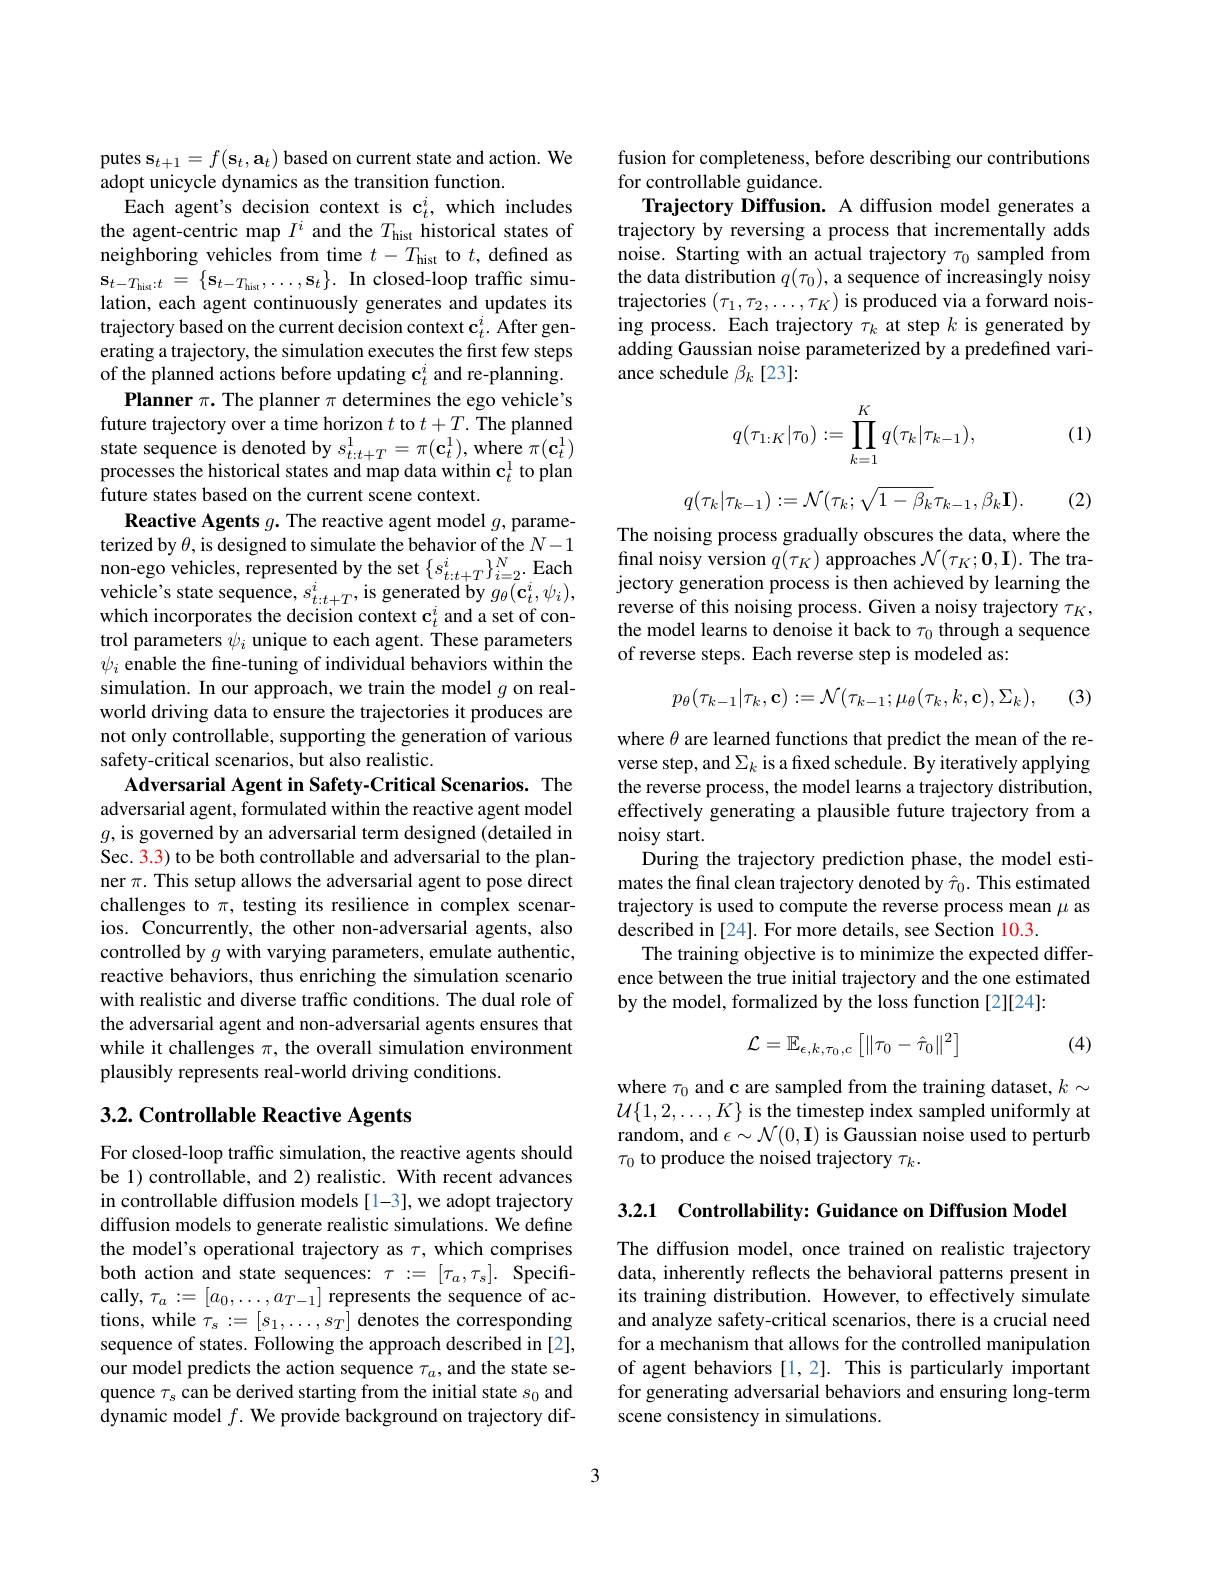
putes $\mathbf{s}_t+1=f(\mathbf{s}_t,\mathbf{a}_t)$ based on current state and action. We
adopt unicycle dynamics as the transition function.
Each agent's decision context is c$_t^i$, which includes the agent-centric map $I^i$ and the $T_\mathrm{hist}$ historical states of neighboring vehicles from time $t-T_\mathrm{hist}$ to $t$, defined as $\mathbf{s} _{t- T_{\mathrm{hist}}: t}$ = $\{ \mathbf{s} _{t- T_{\mathrm{hist}}}, \ldots , \mathbf{s} _{t}\} .$ In closed-loop traffic simulation, each agent continuously generates and updates its trajectory based on the current decision context $\mathbf{c}_t^i.$ After generating a trajectory, the simulation executes the first few steps of the planned actions before updating $\mathbf{c}_t^i$ and re-planning.
Planner $\pi.$ The planner $\pi$ determines the ego vehicle's future trajectory over a time horizon $t$ to $t+T.$ The planned state sequence is denoted by $s_t:t+T^1=\pi(\mathbf{c}_t^1)$, where $\pi(\mathbf{c}_t^1)$ processes the historical states and map data within $\mathbf{c}_t^1$ to plan future states based on the current scene context.
Reactive Agents $g.$ The reactive agent model $g$, parameterized by $\theta$, is designed to simulate the behavior of the $N-1$ non- ego vehicles, represented by the set $\{ s_{t: t+ T}^{i}\} _{i= 2}^{N}.$Each vehicle' s state sequence, $s_{t: t+ T}^{i}$,is generated by $g_{\theta }( \mathbf{c} _{t}^{i}, \psi _{i}) $, which incorporates the decision context $\mathbf{c}_t^i$ and a set of control parameters $\psi_i$ unique to each agent. These parameters $\psi_i$ enable the fine-tuning of individual behaviors within the simulation. In our approach, we train the model $g$ on realworld driving data to ensure the trajectories it produces are not only controllable, supporting the generation of various safety-critical scenarios, but also realistic.
Adversarial Agent in Safety-Critical Scenarios. The adversarial agent, formulated within the reactive agent model $g$,is governed by an adversarial term designed (detailed in Sec. 3.3) to be both controllable and adversarial to the planner $\pi.$ This setup allows the adversarial agent to pose direct challenges to $\pi$, testing its resilience in complex scenarios. Concurrently, the other non-adversarial agents, also controlled by $g$ with varying parameters, emulate authentic, reactive behaviors, thus enriching the simulation scenario with realistic and diverse traffic conditions. The dual role of the adversarial agent and non-adversarial agents ensures that while it challenges $\pi$, the overall simulation environment plausibly represents real-world driving conditions.

## 3.2. Controllable Reactive Agents

For closed-loop traffic simulation, the reactive agents should be 1) controllable, and 2) realistic. With recent advances in controllable diffusion models [1-3], we adopt trajectory diffusion models to generate realistic simulations. We define the model's operational trajectory as $\tau$, which comprises both action and state sequences: $\tau:=[\tau_a,\tau_s].$ Specifically, $\tau_a:=[a_0,\ldots,a_{T-1}]$ represents the sequence of actions, while $\tau_s:=[s_1,\ldots,s_T]$ denotes the corresponding sequence of states. Following the approach described in [2], our model predicts the action sequence $\tau_a$, and the state sequence $\tau_s$ can be derived starting from the initial state $s_0$ and dynamic model $f.$ We provide background on trajectory dif-

fusion for completeness, before describing our contributions
for controllable guidance.
Trajectory Diffusion. A diffusion model generates a trajectory by reversing a process that incrementally adds noise. Starting with an actual trajectory $\tau_0$ sampled from the data distribution $q(\tau_0)$, a sequence of increasingly noisy trajectories $(\tau_1,\tau_2,\ldots,\tau_K)$ is produced via a forward noising process. Each trajectory $\tau_k$ at step $k$ is generated by adding Gaussian noise parameterized by a predefined variance schedule $\beta_k[23]:$

(1)
$$q(\tau_{1:K}|\tau_0):=\prod\limits_{k=1}^Kq(\tau_k|\tau_{k-1}),$$
$$q(\tau_k|\tau_{k-1}):=\mathcal{N}(\tau_k;\sqrt{1-\beta_k}\tau_{k-1},\beta_k\mathbf{I}).$$
(2)

The noising process gradually obscures the data, where the final noisy version $q(\tau_K)$ approaches $\mathcal{N}(\tau_K;\mathbf{0},\mathbf{I}).$ The trajectory generation process is then achieved by learning the reverse of this noising process. Given a noisy trajectory $\tau_K$, the model learns to denoise it back to $\tau_0$ through a sequence of reverse steps. Each reverse step is modeled as:
$$p_\theta(\tau_{k-1}|\tau_k,\mathbf{c}):=\mathcal{N}(\tau_{k-1};\mu_\theta(\tau_k,k,\mathbf{c}),\Sigma_k),$$
(3)

where $\theta$ are learned functions that predict the mean of the reverse step, and $\Sigma_k$ is a fixed schedule. By iteratively applying the reverse process, the model learns a trajectory distribution, effectively generating a plausible future trajectory from a noisy start.
During the trajectory prediction phase, the model estimates the final clean trajectory denoted by $\hat{\tau}_0.$ This estimated trajectory is used to compute the reverse process mean $\mu$ as described in [24]. For more details, see Section 10.3.
The training objective is to minimize the expected difference between the true initial trajectory and the one estimated by the model, formalized by the loss function [2][24]:
$$\mathcal{L}=\mathbb{E}_{\epsilon,k,\tau_{0},c}\left[\|\tau_{0}-\hat{\tau}_{0}\|^{2}\right]$$
(4)

where $\tau_0$ and c are sampled from the training dataset, $k\sim$ $\mathcal{U}\{1,2,\ldots,K\}$ is the timestep index sampled uniformly at random, and $\epsilon\sim\mathcal{N}(0,\mathbf{I})$ is Gaussian noise used to perturb $\tau_0$ to produce the noised trajectory $\tau_k.$

3.2.1 Controllability: Guidance on Diffusion Model

The diffusion model, once trained on realistic trajectory data, inherently reflects the behavioral patterns present in its training distribution. However, to effectively simulate and analyze safety-critical scenarios, there is a crucial need for a mechanism that allows for the controlled manipulation of agent behaviors [1,2]. This is particularly important for generating adversarial behaviors and ensuring long-term scene consistency in simulations.

3